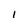
Character: l